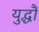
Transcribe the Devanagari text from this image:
युद्धौं